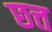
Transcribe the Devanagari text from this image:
छत्त